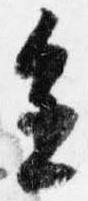
進